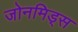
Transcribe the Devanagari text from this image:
जोनमिड्स